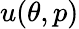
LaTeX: u(\theta,p)